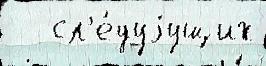
   сл'е́дуjущих